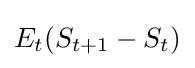
E_{t}(S_{t+1}-S_{t})